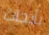
بأبحاث